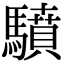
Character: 𩦥